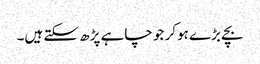
بچے بڑے ہوکر جو چاہے پڑھ سکتے ہیں۔